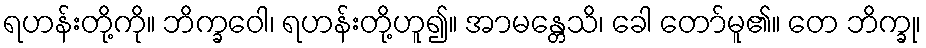
ရဟန်းတို့ကို။ ဘိက္ခဝေါ၊ ရဟန်းတို့ဟူ၍။ အာမန္တေသိ၊ ခေါ တော်မူ၏။ တေ ဘိက္ခု၊